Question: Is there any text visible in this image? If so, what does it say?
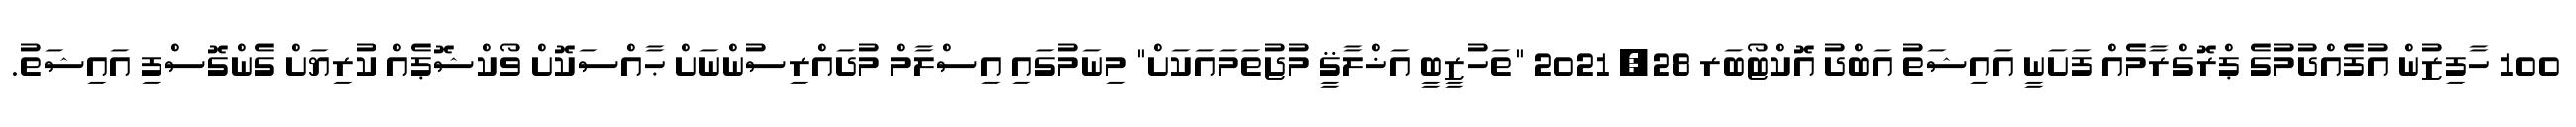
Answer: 100 ހާފިޒުން އުފެއްދުމުގެ ޕްރޮގްރާމެއް ފަށަނީ އައިޝަތު އަބްދު އޮކްޓޯބަރ 28, 2021 "ތަހުޒީބީ އަޚްލާޤީ މުޖުތަމައަކަށް" މިނަމުގައި އިސްލާމް މުދައްރިސުންނަށް ޙާއްސަކޮށް ވޯކްޝޮޕެއް ކުރިޔަށް ގެންގޮސްފި އައިޝަތު.